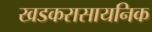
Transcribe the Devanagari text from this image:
खडकरासायनिक